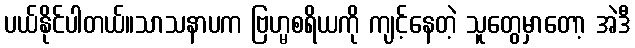
ပယ်နိုင်ပါတယ်။သာသနာပက ဗြဟ္မစရိယကို ကျင့်နေတဲ့ သူတွေမှာတော့ အဲဒီ